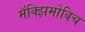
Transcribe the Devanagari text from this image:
मॅक्झिमोविच